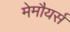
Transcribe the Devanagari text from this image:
मेमौयर्स